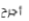
أجرح